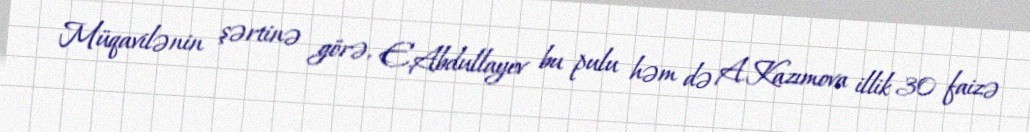
Müqavilənin şərtinə görə, E.Abdullayev bu pulu həm də A.Kazımova illik 30 faizə